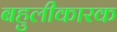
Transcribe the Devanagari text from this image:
बहुलीकारक